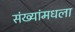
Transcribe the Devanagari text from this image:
संख्यांमधला